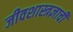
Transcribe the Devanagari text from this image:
जीवशास्त्रज्ञाची